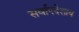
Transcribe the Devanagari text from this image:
सर्वापदेशाय